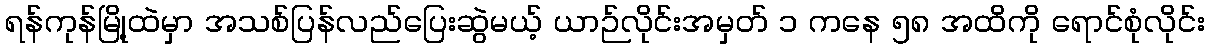
ရန်ကုန်မြို့ထဲမှာ အသစ်ပြန်လည်ပြေးဆွဲမယ့် ယာဉ်လိုင်းအမှတ် ၁ ကနေ ၅၈ အထိကို ရောင်စုံလိုင်း